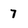
Character: 7